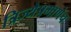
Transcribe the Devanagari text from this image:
त्रिज्येप्रमाणेच